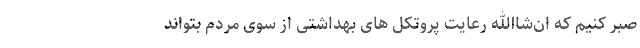
صبر کنیم که ان‌شاالله رعایت پروتکل های بهداشتی از سوی مردم بتواند